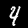
Digit: 4